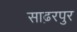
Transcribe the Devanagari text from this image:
साढ़रपुर